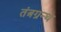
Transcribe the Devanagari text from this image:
तंत्रग्रन्थ